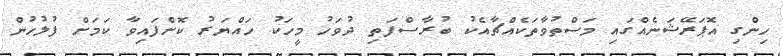
ހިންގި އޮޕަރޭޝަނެއްގައި މަސްތުވާތަކެއްޗާއެކު ބުރާސްފަތި ދުވަހު މީހަކު ހައްޔަރު ކޮށްފައިވާ ކަމަށް ފުލުހުން